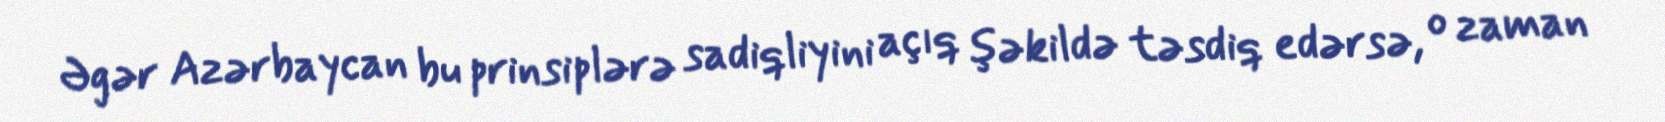
Əgər Azərbaycan bu prinsiplərə sadiqliyini açıq şəkildə təsdiq edərsə, o zaman